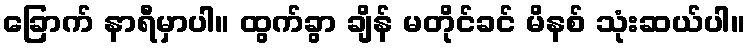
ခြောက် နာရီမှာပါ။ ထွက်ခွာ ချိန် မတိုင်ခင် မိနစ် သုံးဆယ်ပါ။